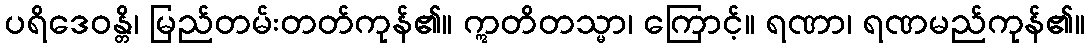
ပရိဒေဝန္တိ၊ မြည်တမ်းတတ်ကုန်၏။ ဣတိတသ္မာ၊ ကြောင့်။ ရဏာ၊ ရဏမည်ကုန်၏။